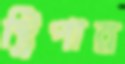
স্ট্রিপার